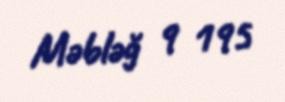
Məbləğ 9 195